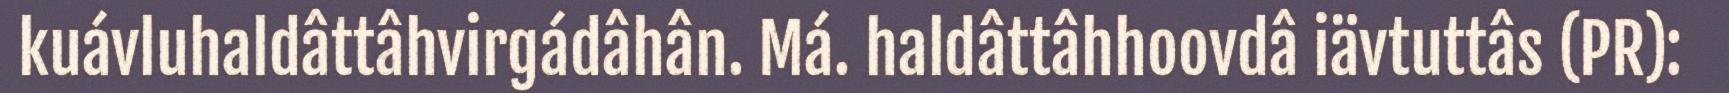
kuávluhaldâttâhvirgádâhân. Má. haldâttâhhoovdâ iävtuttâs (PR):